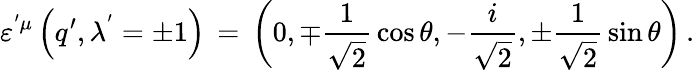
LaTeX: \varepsilon^{'\mu}\left(q^{\prime},\lambda^{'}=\pm 1\right)\, =\, \left(0,\mp{\frac{1}{\sqrt{2}}}\cos\theta,-{\frac{i}{\sqrt{2}}},\pm{\frac{1}{\sqrt{2}}}\sin\theta\right)\, .